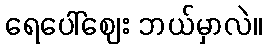
ရေပေါ်ဈေး ဘယ်မှာလဲ။